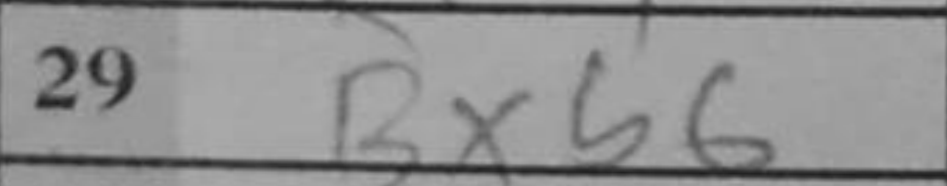
Transcription: Bxb6